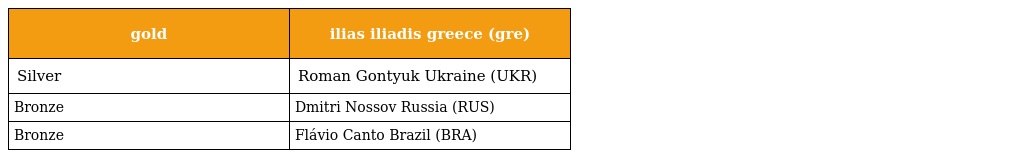
| gold | ilias iliadis greece (gre) |
 | --- | --- |
 | Silver | Roman Gontyuk Ukraine (UKR) |
 | Bronze | Dmitri Nossov Russia (RUS) |
 | Bronze | Flávio Canto Brazil (BRA) |